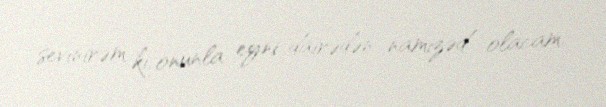
sevinirəm ki, onunla eyni dairədən namizəd olacam.